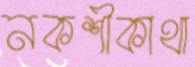
নকশীকাথা